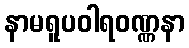
နာမရူပဝါရဝဏ္ဏနာ